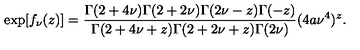
\exp [ f _ { \nu } ( z ) ] = \frac { \Gamma ( 2 + 4 \nu ) \Gamma ( 2 + 2 \nu ) \Gamma ( 2 \nu - z ) \Gamma ( - z ) } { \Gamma ( 2 + 4 \nu + z ) \Gamma ( 2 + 2 \nu + z ) \Gamma ( 2 \nu ) } ( 4 a \nu ^ { 4 } ) ^ { z } .